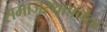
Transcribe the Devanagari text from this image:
समाजस्थापनेचा